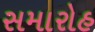
સમારોહ